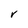
Character: V